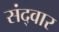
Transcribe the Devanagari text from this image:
संद्वार